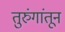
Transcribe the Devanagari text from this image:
तुरुंगांतून